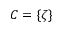
C = \{ \zeta \}